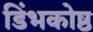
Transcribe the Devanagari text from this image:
डिंभकोष्ठ